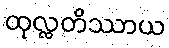
ထုလ္လတိဿာယ